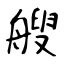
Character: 艘